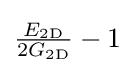
{\tfrac {E_{\mathrm {2D} }}{2G_{\mathrm {2D} }}}-1